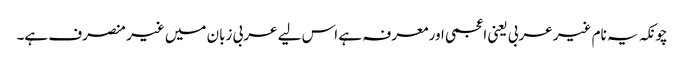
چونکہ یہ نام غیر عربی یعنی اعجمی اور معرفہ ہے اس لیے عربی زبان میں غیر منصرف ہے۔